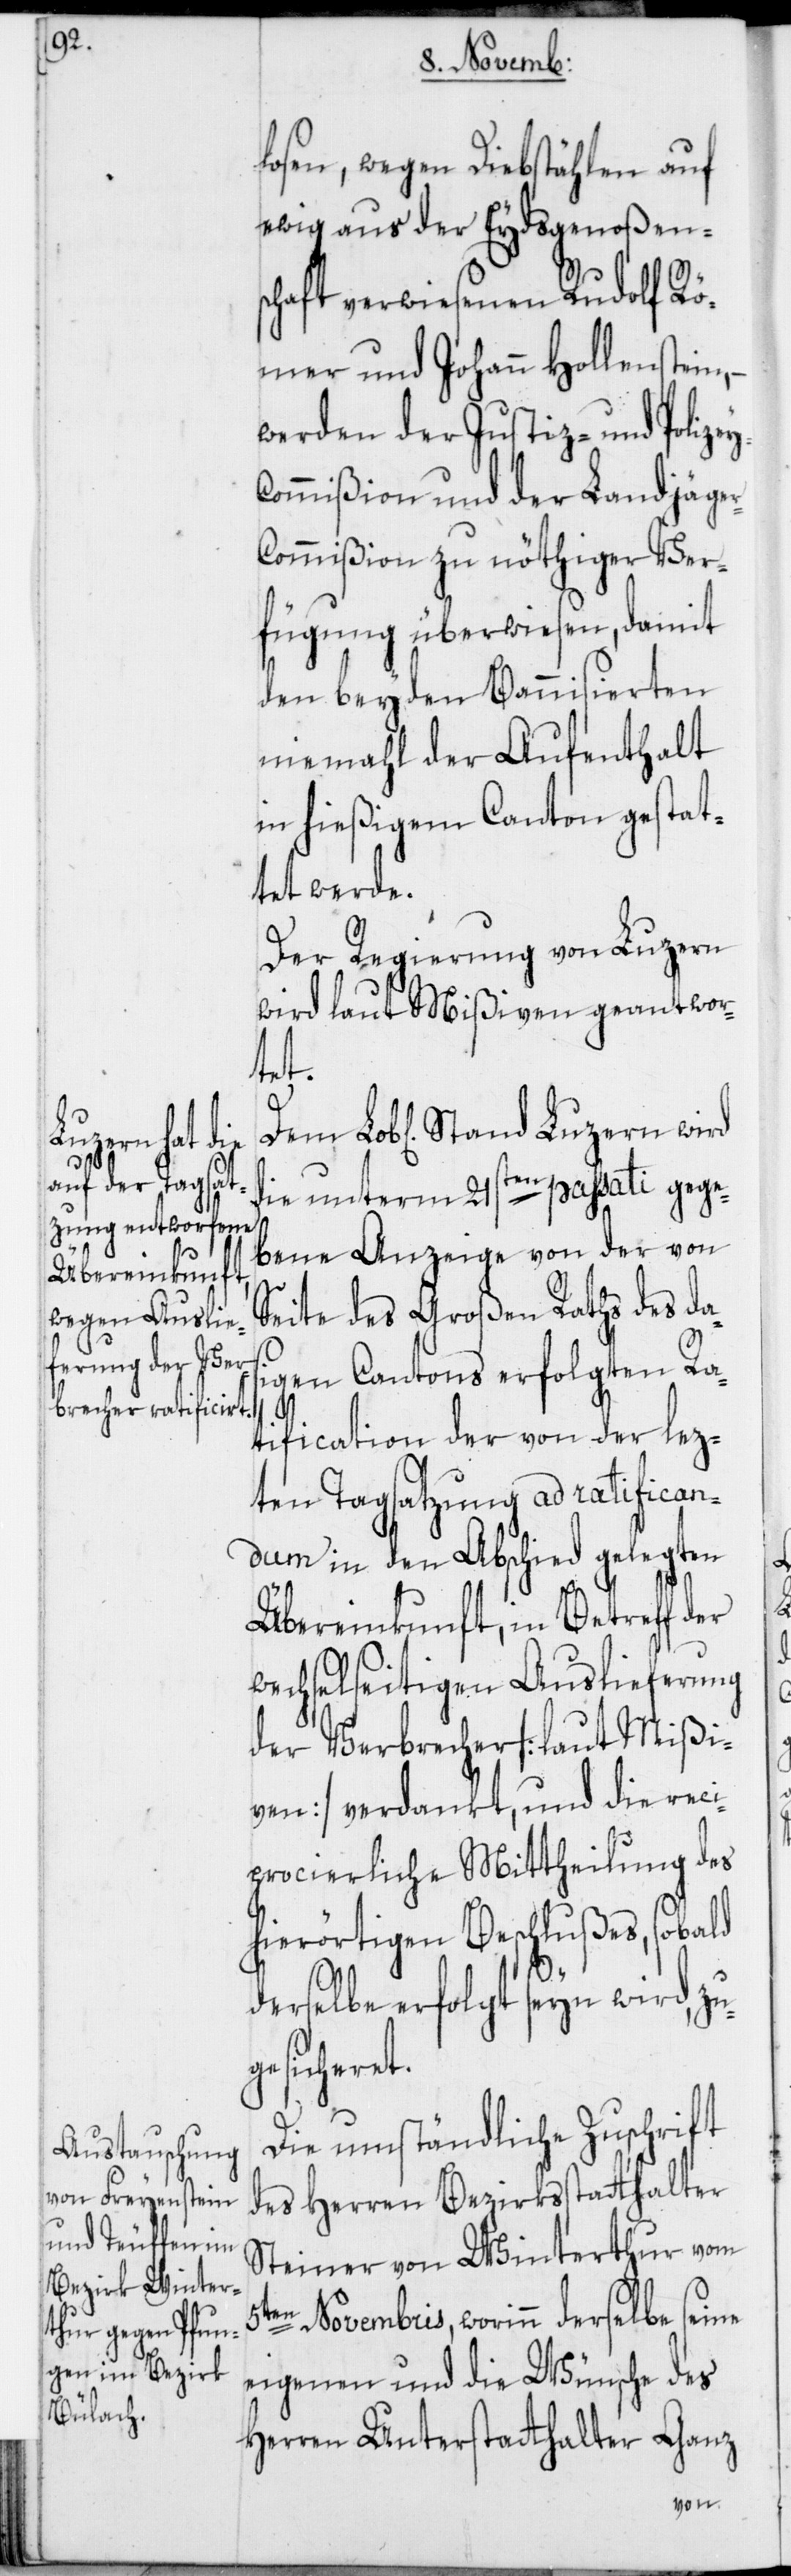
losen, wegen Diebstählen auf
ewig aus der Eydsgenoßens¬
chaft verwiesenen Rudolf Rö¬
mer und Johann Hollenstein,
werden der Justiz- und Polize¬
ommißion und der Landjäge¬
ommißion zu nöthiger Ver¬
fügung überwiesen, damit
den beyden Bannisierten
niemahl der Aufenthalt
in hießigem Canton gestat¬
tet werde.
Der Regierung von Luzern
wird laut Mißiven geantwor¬
tet.
die unterm 21sten passati gege¬
bene Anzeige von der von
Seite des Großen Raths des das¬
igen Cantons erfolgten Ra¬
tification der von der lez¬
ten Tagsatzung ad ratifican¬
dum in den Abschied gelegten
Übereinkunft, in Betreff der
wechselseitigen Auslieferung
der Verbrecher [laut Mißi¬
ven] verdankt, und die reci¬
procierliche Mittheilung des
hierörtigen Beschlußes, sobald
r-C¬
derselbe erfolgt seyn wird, z¬
gesicheret.
Die umständliche Zuschrift
des Herren Bezirksstatthalter
Steiner von Winterthur vom
u¬
5ten Novembris, worinn derselbe seine
eigenen und die Wünsche des
Herren Unterstatthalter Ganz